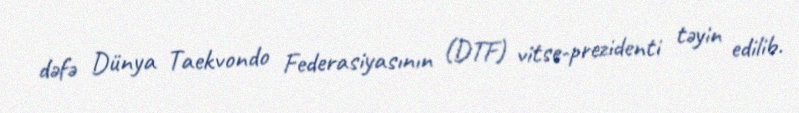
dəfə Dünya Taekvondo Federasiyasının (DTF) vitse-prezidenti təyin edilib.